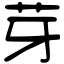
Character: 芽